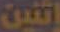
اثنين